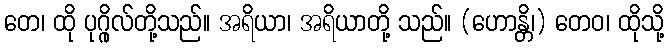
တေ၊ ထို ပုဂ္ဂိုလ်တို့သည်။ အရိယာ၊ အရိယာတို့ သည်။ (ဟောန္တိ၊) တေဝ၊ ထိုသို့